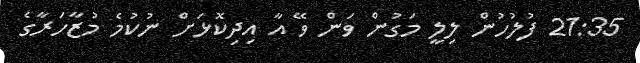
21:35 ފުލުހުން ލިލީ މަގުން ވަން ވޭ އާ އިދިކޮޅަށް ނުކުމެ މުޒާހަރާގެ